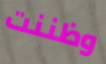
وظننت